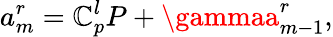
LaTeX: a_{m}^{r}=\mathbb{C}_{p}^{l}P+\gammaa_{m-1}^{r},